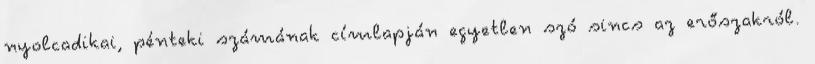
nyolcadikai, pénteki számának címlapján egyetlen szó sincs az erőszakról.